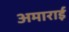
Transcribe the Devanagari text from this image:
अमाराई